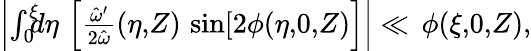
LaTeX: \begin{array}{r}{\left|\int_{0}^{\xi}\! \! \! d\eta\, \left[\frac{\hat{\omega}^{\prime}}{2\hat{\omega}}(\eta,\! Z)\, \sin[2\phi(\eta,\! 0,\! Z)\right]\right|\ll\, \phi(\xi,\! 0,\! Z),}\end{array}